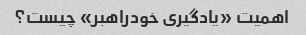
اهمیت «یادگیری خودراهبر» چیست؟